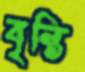
বৃন্তি